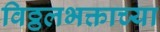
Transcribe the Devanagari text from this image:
विठ्ठलभक्ताच्या